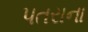
પતરાના